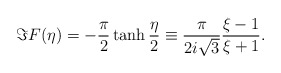
\begin{align*}\Im F(\eta)=-\frac{\pi}{2}\tanh\frac{\eta}{2}\equiv\frac{\pi}{2i\sqrt{3}}\frac{\xi-1}{\xi+1}.\end{align*}